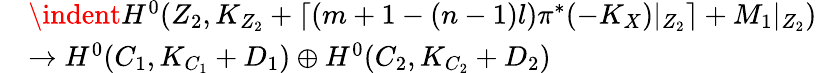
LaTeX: \begin{array}{rl}&{\indent H^{0}(Z_{2},K_{Z_{2}}+\lceil(m+1-(n-1)l){\pi^{*}(-K_{X})}|_{Z_{2}}\rceil+M_{1}|_{Z_{2}})}\\ &{\rightarrow H^{0}(C_{1},K_{C_{1}}+D_{1})\oplus H^{0}(C_{2},K_{C_{2}}+D_{2})}\end{array}